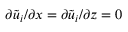
\partial \tilde { { u } } _ { i } / \partial x = \partial \tilde { { u } } _ { i } / \partial z = 0